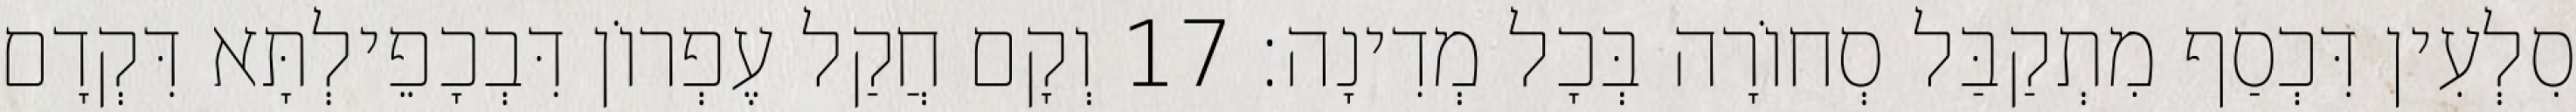
סִלְעִין דִּכְסַף מִתְקַבַּל סְחוֹרָה בְּכָל מְדִינָה׃ 17 וְקָם חֲקַל עֶפְרוֹן דִּבְכָפֵילְתָּא דִּקְדָם